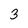
Character: 3